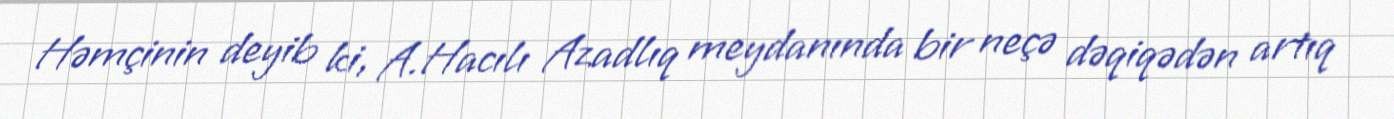
Həmçinin deyib ki, A.Hacılı Azadlıq meydanında bir neçə dəqiqədən artıq